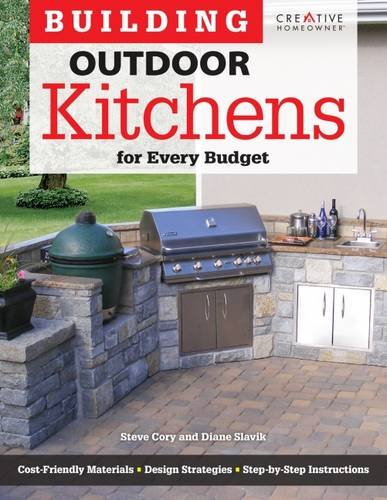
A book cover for Building Outdoor Kitchens for Every Budget (Home Improvement); Steve Cory; Crafts, Hobbies & Home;